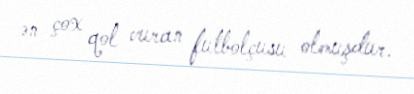
ən çox qol vuran futbolçusu olmuşdur.